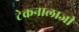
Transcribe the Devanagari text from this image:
टेकनालाजी